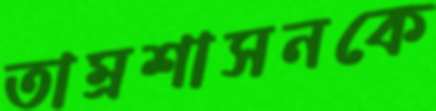
তাম্রশাসনকে